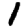
Digit: 1